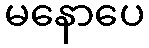
မနောပေ